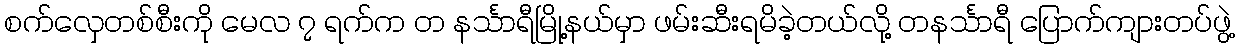
စက်လှေတစ်စီးကို မေလ ၇ ရက်က တ နင်္သာရီမြို့နယ်မှာ ဖမ်းဆီးရမိခဲ့တယ်လို့ တနင်္သာရီ ပြောက်ကျားတပ်ဖွဲ့